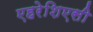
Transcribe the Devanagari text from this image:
एहरेशिएसी